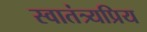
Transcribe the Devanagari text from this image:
स्वातंत्र्यप्रिय